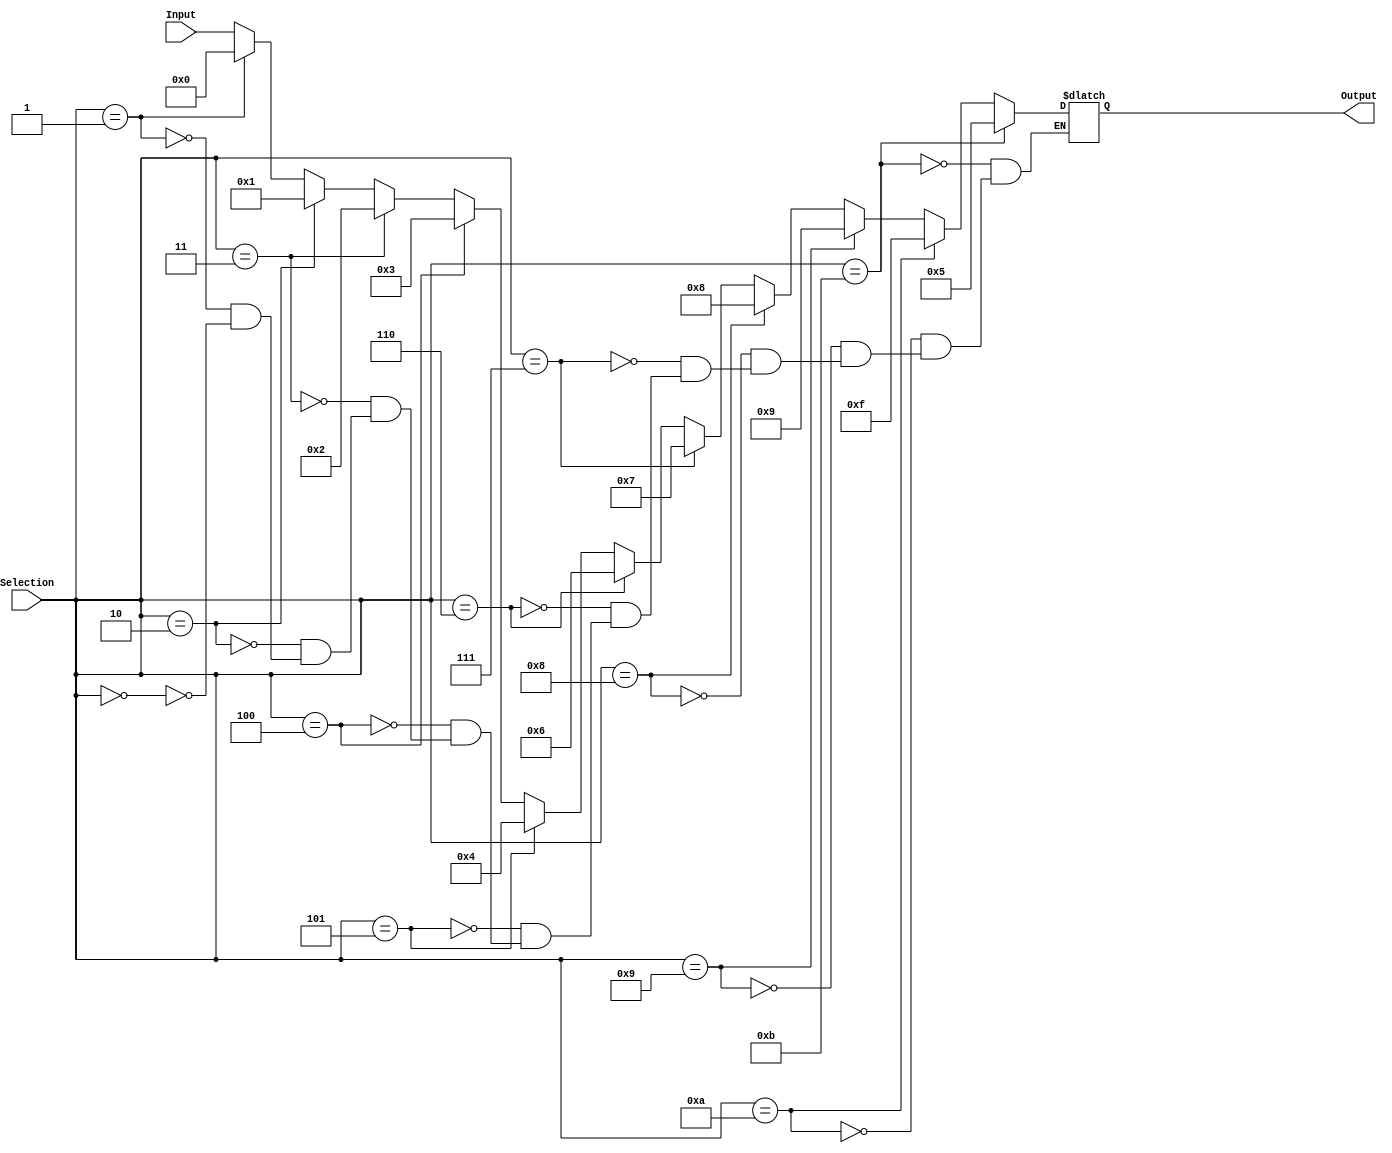
`timescale 1ns / 1ps
//////////////////////////////////////////////////////////////////////////////////
// Company: 
// Engineer: 
// 
// Design Name: 
// Module Name:    GiantMux 
// Project Name: 
// Target Devices: 
// Tool versions: 
// Description: 
//
// Dependencies: 
//
// Revision: 
// Revision 0.01 - File Created
// Additional Comments: 
//
//////////////////////////////////////////////////////////////////////////////////
module Mux_RegDest(
    input [15:0] Input,
    output reg [15:0] Output,
    input [3:0] Selection
    );
	 
	always @ (Selection or Input)
	begin
		if( Selection == 0)
			Output = Input;
		if( Selection == 1)
			Output = 16'b0;
		if( Selection == 2)
			Output = 16'b1;
		if( Selection == 3)
			Output = 16'b10;
		if( Selection == 4)
			Output = 16'b11;
		if( Selection == 5)
			Output = 16'b100;
		if( Selection == 6)
			Output = 16'b110;
		if( Selection == 7)
			Output = 16'b111;
		if( Selection == 8)
			Output = 16'b1000;
		if( Selection == 9)
			Output = 16'b1001;
		if( Selection == 10)
			Output = 16'b1111;
		if( Selection == 11)
			Output = 5;
	end

endmodule